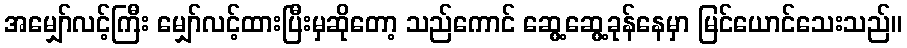
အမျှော်လင့်ကြီး မျှော်လင့်ထားပြီးမှဆိုတော့ သည်ကောင် ဆွေ့ဆွေ့ခုန်နေမှာ မြင်ယောင်သေးသည်။